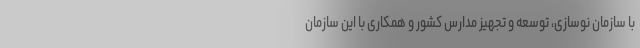
با سازمان نوسازی، توسعه و تجهیز مدارس کشور و همکاری با این سازمان